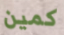
كمين